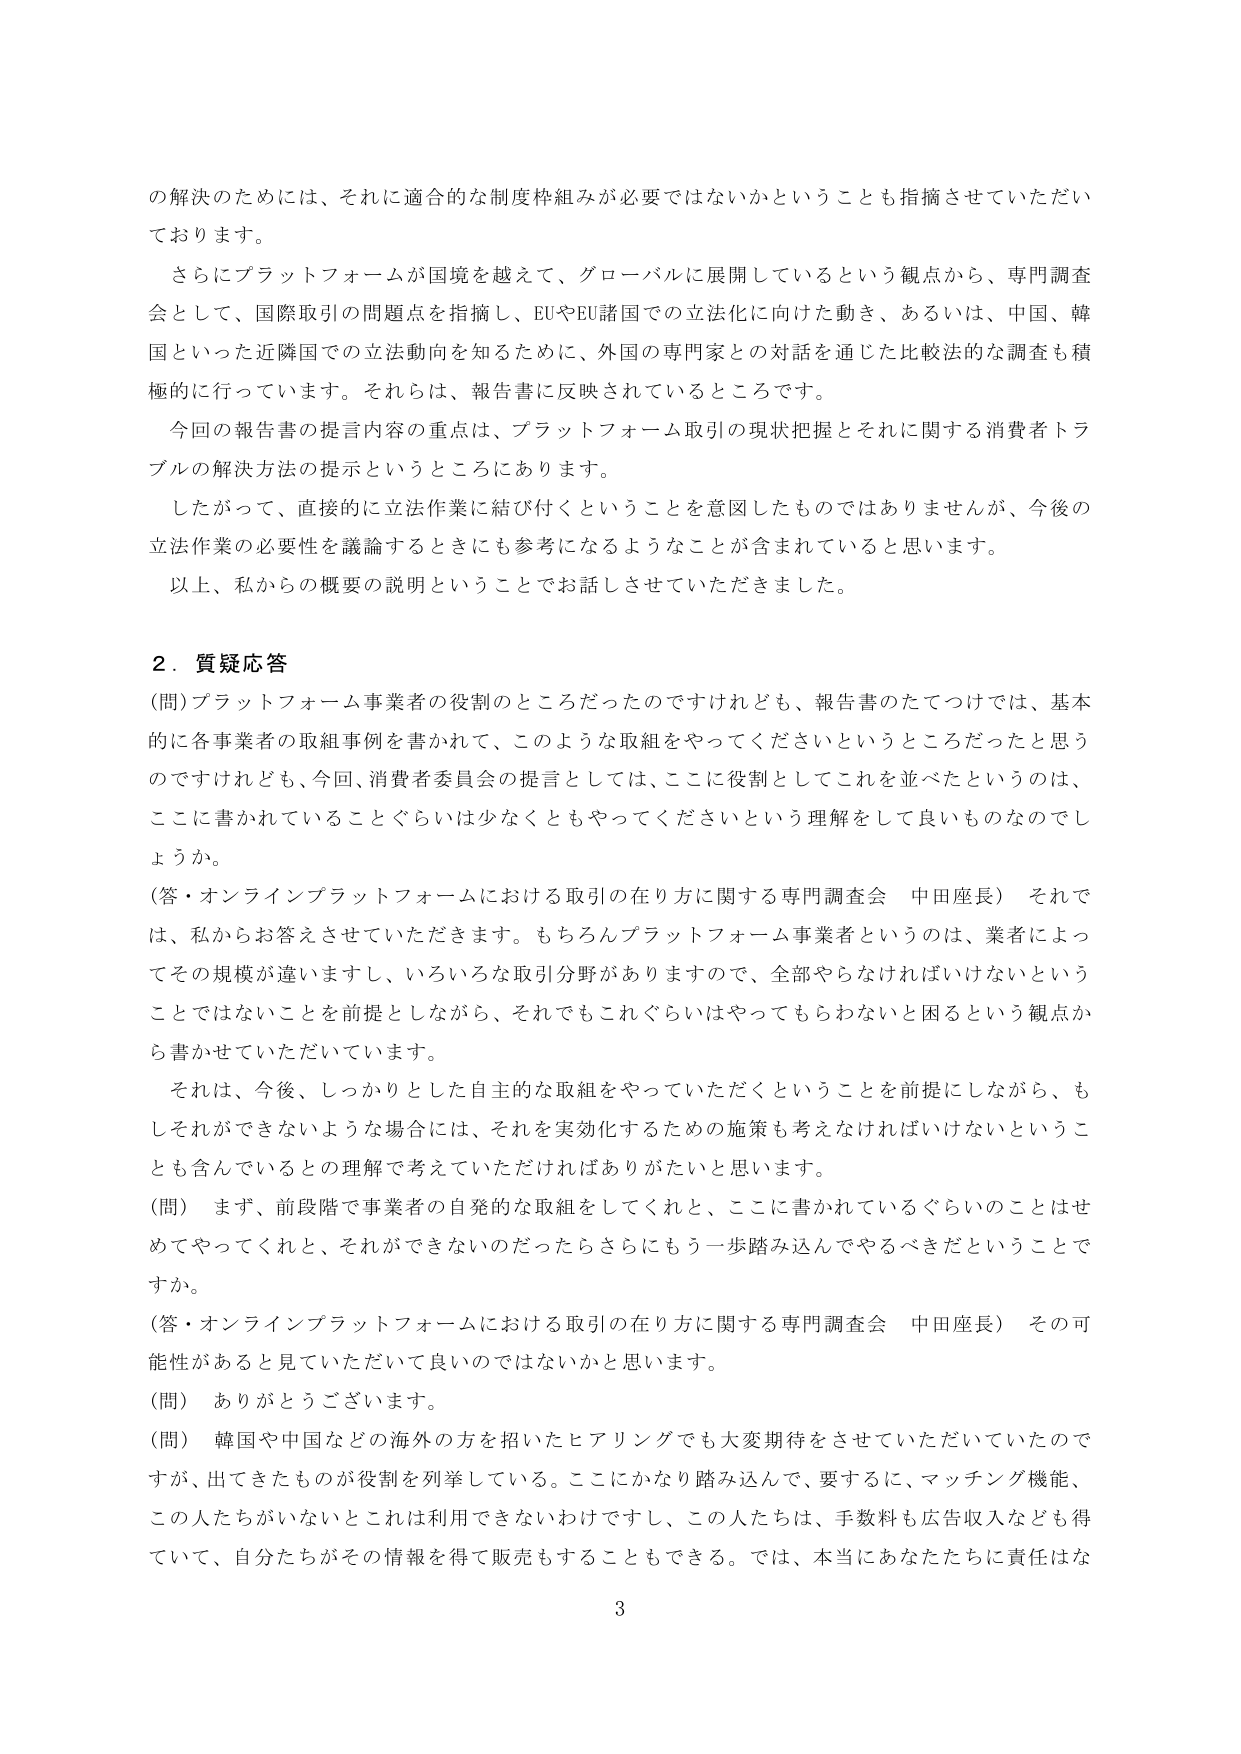
の解決のためには、それに適合的な制度枠組みが必要ではないかということも指摘させていただいております。

さらにプラットフォームが国境を越えて、グローバルに展開しているという観点から、専門調査会として、国際取引の問題点を指摘し、EUやEU諸国での立法化に向けた動き、あるいは、中国、韓国といった近隣国での立法動向を知るために、外国の専門家との対話を通じた比較法的な調査も積極的に行っています。それらは、報告書に反映されているところです。

今回の報告書の提言内容の重点は、プラットフォーム取引の現状把握とそれに関する消費者トラブルの解決方法の提示というところにあります。

したがって、直接的に立法作業に結び付くということを意図したものではありませんが、今後の立法作業の必要性を議論するときにも参考になるようなことが含まれていると思います。

以上、私からの概要の説明ということでお話しさせていただきました。

2．質疑応答

（問）プラットフォーム事業者の役割のところだったのですけれども、報告書のたてつけでは、基本的に各事業者の取組事例を書かれて、このような取組をやってくださいというところだったと思うのですけれども、今回、消費者委員会の提言としては、ここに役割としてこれを並べたというのは、ここに書かれていることぐらいは少なくともやってくださいという理解をして良いものでしょうか。

（答・オンラインプラットフォームにおける取引の在り方に関する専門調査会 中田座長） それでは、私からお答えさせていただきます。もちろんプラットフォーム事業者というのは、業者によってその規模が違いますし、いろいろな取引分野がありますので、全部やらなければいけないということではないことを前提としながら、それでもこれぐらいはやってもらわないと困るという観点から書かせていただいています。

それは、今後、しっかりとした自主的な取組をやっていただくということを前提にしながら、もしそれができないような場合には、それを実効化するための施策も考えなければならないということも含んでいるとの理解で考えていただければありがたいと思います。

（問） まず、前段階で事業者の自発的な取組をしてくれと、ここに書かれているぐらいのことはせめてやってくれと、それができないのだったらさらにもう一歩踏み込んでやるべきだということですか。

（答・オンラインプラットフォームにおける取引の在り方に関する専門調査会 中田座長） その可能性があると見ていただいて良いのではないかと思います。

（問） ありがとうございます。

（問） 韓国や中国などの海外の方を招いたヒアリングでも大変期待をさせていただいていたのですが、出てきたものが役割を列挙している。ここにかなり踏み込んで、要するに、マッチング機能、この人たちがいないとこれは利用できないわけですし、この人たちは、手数料も広告収入なども得ていて、自分たちがその情報を得て販売もすることもできる。では、本当にあなたたちに責任はな

3